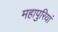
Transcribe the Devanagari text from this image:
महापुरियां